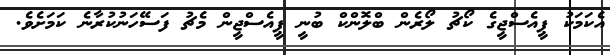
އެކަމަކު ޕީއެސްޖީގެ ކޯޗު ލޯރެން ބްލޮންކް ބުނީ ޕީއެސްޖީން މެޗު ފަސޭހަނުކުރާނެ ކަމަށެވެ.